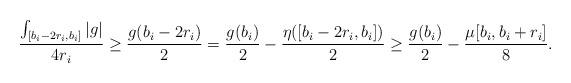
LaTeX: \begin{align*}\frac{\int_{[b_i-2r_i,b_i]}|g|}{4r_i}\ge \frac{g(b_i-2r_i)}{2}=\frac{g(b_i)}{2}-\frac{\eta([b_i-2r_i,b_i])}{2}\ge \frac{g(b_i)}{2} - \frac{\mu[b_i,b_i+r_i]}{8} .\end{align*}